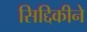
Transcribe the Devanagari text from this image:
सिद्दिकीने